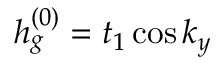
h _ { g } ^ { ( 0 ) } = t _ { 1 } \cos k _ { y }